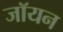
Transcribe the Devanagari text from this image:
जॉयन